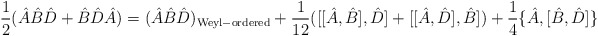
\begin{align*} \frac{1}{2}(\hat{A}\hat{B}\hat{D}+\hat{B}\hat{D}\hat{A})= (\hat{A}\hat{B}\hat{D})_{\rm Weyl-ordered}+ \frac{1}{12}([[\hat{A},\hat{B}],\hat{D}]+ [[\hat{A},\hat{D}],\hat{B}])+ \frac{1}{4}\{\hat{A},[\hat{B},\hat{D}]\}\end{align*}